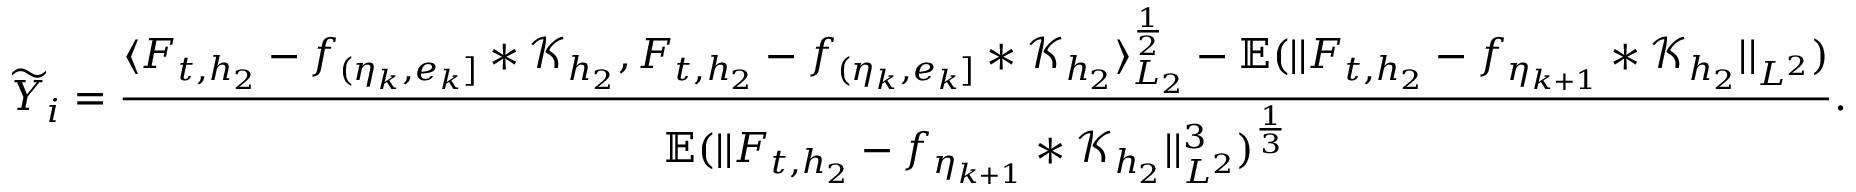
\widetilde { Y } _ { i } = \frac { \langle F _ { t , { h _ { 2 } } } - f _ { ( \eta _ { k } , e _ { k } ] } \ast \mathcal { K } _ { h _ { 2 } } , F _ { t , { h _ { 2 } } } - f _ { ( \eta _ { k } , e _ { k } ] } \ast \mathcal { K } _ { h _ { 2 } } \rangle _ { L _ { 2 } } ^ { \frac { 1 } { 2 } } - \mathbb { E } ( \vert \vert F _ { t , { h _ { 2 } } } - f _ { \eta _ { k + 1 } } \ast \mathcal { K } _ { h _ { 2 } } \vert \vert _ { L ^ { 2 } } ) } { \mathbb { E } ( \vert \vert F _ { t , { h _ { 2 } } } - f _ { \eta _ { k + 1 } } \ast \mathcal { K } _ { h _ { 2 } } \vert \vert _ { L ^ { 2 } } ^ { 3 } ) ^ { \frac { 1 } { 3 } } } .